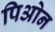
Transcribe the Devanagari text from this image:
पिओन